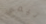
تيمي